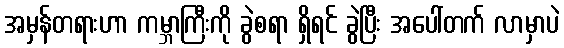
အမှန်တရားဟာ ကမ္ဘာကြီးကို ခွဲစရာ ရှိရင် ခွဲပြီး အပေါ်တက် လာမှာပဲ